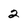
Character: 2